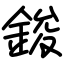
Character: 鋑